Civil Veterinary Department Bihar reports 1936-40 - 1936-1940
Year: 1936
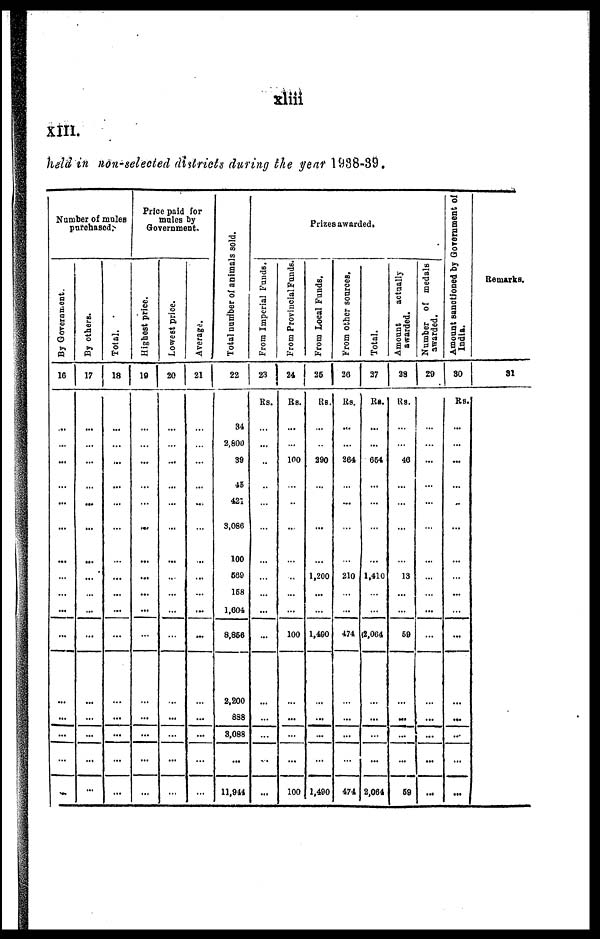
xliii
XIII.
held in non-selected districts during the year 1938-39.
Number of mules
purchased.
By Government.
16
...
...
...
...
...
...
...
...
...
...
...
...
...
...
...
By others.
17
...
...
...
...
...
...
...
...
...
...
...
...
...
...
...
Total.
18
...
...
...
...
...
...
...
...
...
...
...
...
...
...
...
Price paid for
mules by
Government.
Highest price.
19
...
...
...
...
...
...
...
...
...
...
...
...
...
...
...
Lowest price.
20
...
...
...
...
...
...
...
...
...
...
...
...
...
...
...
Average
21
...
...
...
...
...
...
...
...
...
...
...
...
...
...
...
Total number
of animals sold.
22
34
2,800
39
45
421
3,086
100
560
168
1,604
8,856
2,200
838
3,088
11,914
Prizes awarded.
From Imperial Funds.
23 |
Rs.
...
...
...
...
...
...
...
...
...
...
...
...
...
...
...
From Provincial Funds.
24
Rs.
...
...
100
...
...
...
...
...
...
...
100
...
...
...
100
From Local Funds.
26
Rs.
...
...
290
...
...
...
...
1,200
...
...
1,490
...
...
...
1,490
From other sources.
26
Rs.
....
...
264
...
...
...
...
210
...
...
474
...
...
...
474
Total.
27
Re.
...
...
664
...
...
...
...
1,410
...
...
2,064
...
...
...
2,064
Amount
actually
awarded.
28
Rs.
...
...
46
...
...
...
...
13
...
...
69
...
...
...
69
Number of medals
awarded.
20
...
...
...
...
...
...
...
...
...
...
...
...
...
...
...
Amount sanctioned by Government of
India.
30
Rs.
...
...
...
...
..
...
...
...
...
...
...
...
...
...
...
Remarks.
31